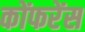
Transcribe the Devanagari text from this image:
कोंफरेंस